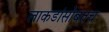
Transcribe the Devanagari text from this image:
लाकडांसोबतच